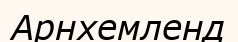
Арнхемленд